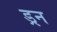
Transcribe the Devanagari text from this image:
ड्रन